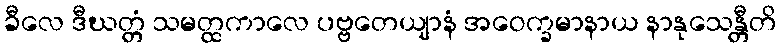
ခီလေ ဒီဃတ္တံ သမတ္ထကာလေ ပဗ္ဗတေယျာနံ အဝေက္ခမာနာယ နာနုသေန္တီတိ